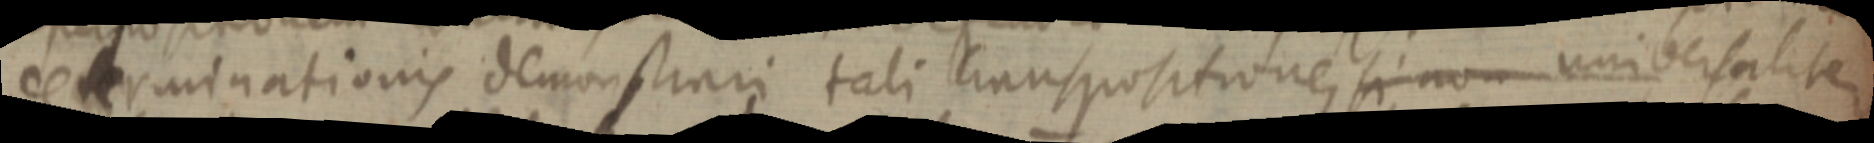
determinationis demonstrari tali transpositione, si non universaliter